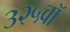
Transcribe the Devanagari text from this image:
३२५वॉ